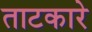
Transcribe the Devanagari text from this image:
ताटकारे